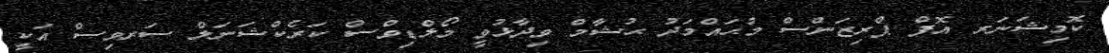
ކޮމިޝަނަރ އޮފް ޕްރިޒަންސް މުޙައްމަދު ޙުޝާމް ވިދާޅުވީ މޯލްޑިވްސް ކަރެކްޝަނަލް ސަރވިސް އަކީ